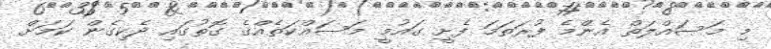
މި މަސައްލަތް އެންމެ ފުރަތަމަ ފެށީ ގައުމީ މަސައްކަތެއްގެ ގޮތުގައި ދެކިގެން ކަމަށް